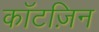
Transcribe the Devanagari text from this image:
कॉटज़िन